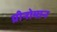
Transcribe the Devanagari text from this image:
ग्रीनोमान